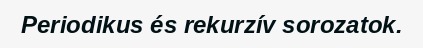
Periodikus és rekurzív sorozatok.